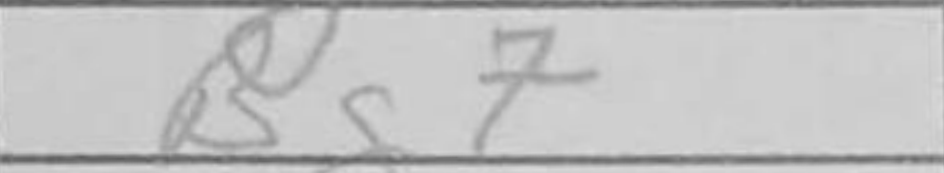
Transcription: Bg7